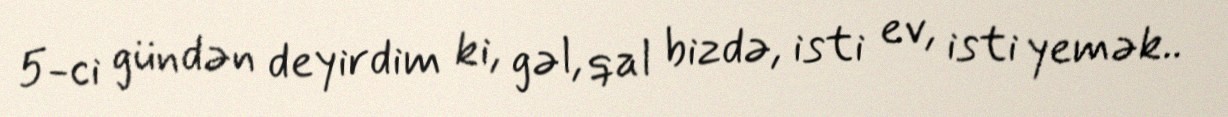
5-ci gündən deyirdim ki, gəl, qal bizdə, isti ev, isti yemək..